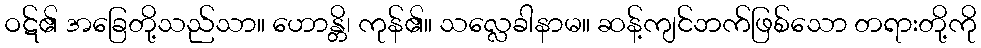
ဝဋ်၏ အခြေတို့သည်သာ။ ဟောန္တိ၊ ကုန်၏။ သလ္လေခါနာမ။ ဆန့်ကျင်ဘက်ဖြစ်သော တရားတို့ကို